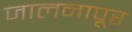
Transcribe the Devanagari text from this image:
जालनापूर